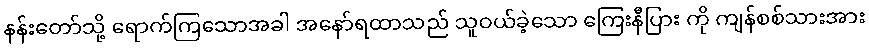
နန်းတော်သို့ ရောက်ကြသောအခါ အနော်ရထာသည် သူဝယ်ခဲ့သော ကြေးနီပြား ကို ကျန်စစ်သားအား